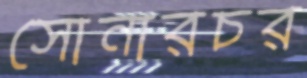
সোনারচর